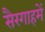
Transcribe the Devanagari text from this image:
सैरगाहमें